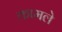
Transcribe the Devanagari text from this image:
कामले